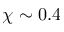
\chi \sim 0 . 4